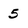
Character: 5